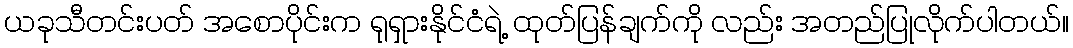
ယခုသီတင်းပတ် အစောပိုင်းက ရုရှားနိုင်ငံရဲ့ ထုတ်ပြန်ချက်ကို လည်း အတည်ပြုလိုက်ပါတယ်။